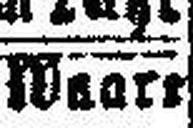
Waart